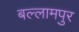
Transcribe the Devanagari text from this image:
बल्लामपुर